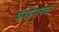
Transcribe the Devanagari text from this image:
फर्ग्युसनवर